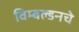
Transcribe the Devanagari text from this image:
विम्बल्डनचे